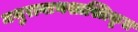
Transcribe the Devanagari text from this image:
मथुरानाथशास्त्रिकृत